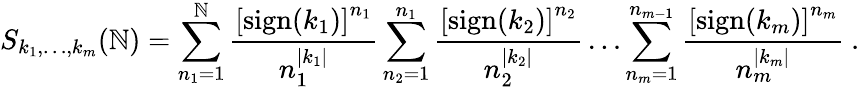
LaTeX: S_{k_{1},\ldots,k_{m}}(\mathbb{N})=\sum_{n_{1}=1}^{\mathbb{N}}\frac{{\left[\mathrm{{sign}}(k_{1})\right]^{n_{1}}}}{{n_{1}^{|k_{1}|}}}\sum_{n_{2}=1}^{n_{1}}\frac{{\left[\mathrm{{sign}}(k_{2})\right]^{n_{2}}}}{{n_{2}^{|k_{2}|}}}\ldots\sum_{n_{m}=1}^{n_{m-1}}\frac{{\left[\mathrm{{sign}}(k_{m})\right]^{n_{m}}}}{{n_{m}^{|k_{m}|}}}~.